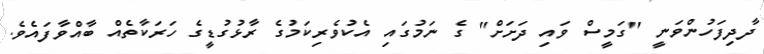
ދާދިފަހުންވަނީ "ގަމީސް ވައި ދަށަށް" ގެ ނަމުގައި އެކުވެރިކަމުގެ ރާޅުގުޑީގެ ހަރަކާތެއް ބާއްވާފައެވެ.